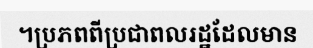
។ប្រភពពីប្រជាពលរដ្ឋដែលមាន